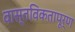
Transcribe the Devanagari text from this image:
वास्तविकतापूर्ण